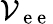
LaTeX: \mathcal{V}_{\mathrm{~e~e~}}